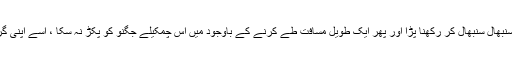
ایک ایک قدم مجھے سنبھال سنبھال کر رکھنا پڑا اور پھر ایک طویل مسافت طے کرنے کے باوجود میں اس چمکیلے جگنو کو پکڑ نہ سکا ، اسے اپنی گرفت میں نہ لے سکا ۔